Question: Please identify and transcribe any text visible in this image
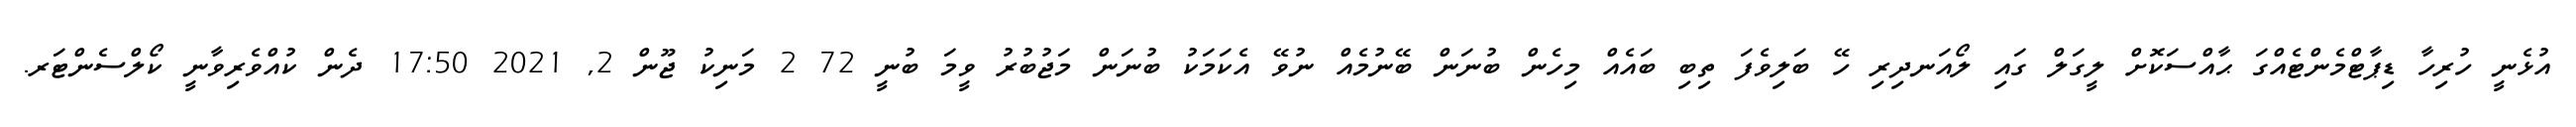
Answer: އުޅެނީ ހުރިހާ ޑިޕާޓްމެންޓެއްގަ ޙާއްސަކޮށް ލީގަލް ގައި ލޯއަނދިރި ހޭ ބަލިވެފަ ތިބި ބައެއް މިހެން ބުނަން ބޭނުމެއް ނުވޭ އެކަމަކު ބުނަން މަޖުބުރު ވީމަ ބުނީ 72 2 މަނިކު ޖޫން 2, 2021 17:50 ދެން ކުއްވެރިވާނީ ކޯލްސެންޓަރ.